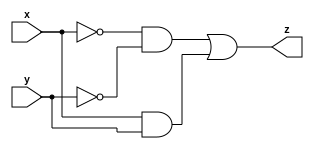
module circuit (
    input x,
    input y,
    output z
);
    wire not_x, not_y, not_x_and_not_y, x_and_y;
    not(not_x, x);
    not(not_y, y);
    and(x_and_y, x, y);
    and(not_x_and_not_y, not_x, not_y);
    or(z, not_x_and_not_y, x_and_y);
endmodule